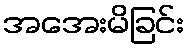
အအေးမိခြင်း